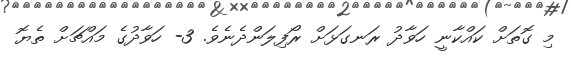
މި ގޮތަށް ކައްކާނީ ހަވާދު ރަނގަޅަށް ރޯފިލަންދެނެވެ. 3- ހަވާދުގެ މައްޗަށް ތެޔޮ